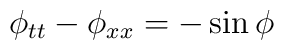
\phi_{tt}-\phi_{xx}=-\sin\phi